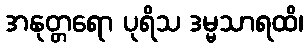
အနုတ္တရော ပုရိသ ဒမ္မသာရထိ၊